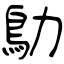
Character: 鳨